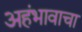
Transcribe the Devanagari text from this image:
अहंभावाचा